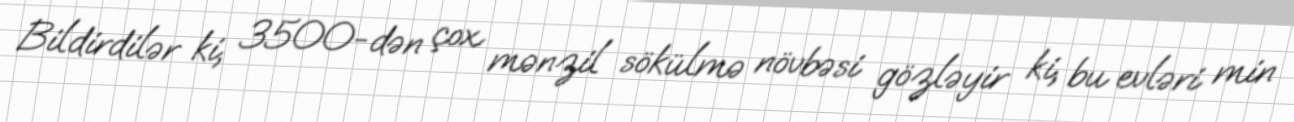
Bildirdilər ki, 3500-dən çox mənzil sökülmə növbəsi gözləyir ki, bu evləri min